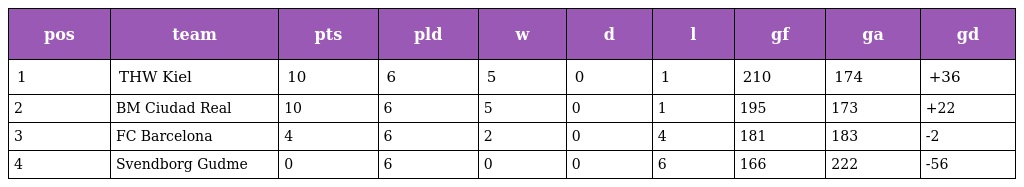
| pos | team | pts | pld | w | d | l | gf | ga | gd |
 | --- | --- | --- | --- | --- | --- | --- | --- | --- | --- |
 | 1 | THW Kiel | 10 | 6 | 5 | 0 | 1 | 210 | 174 | +36 |
 | 2 | BM Ciudad Real | 10 | 6 | 5 | 0 | 1 | 195 | 173 | +22 |
 | 3 | FC Barcelona | 4 | 6 | 2 | 0 | 4 | 181 | 183 | -2 |
 | 4 | Svendborg Gudme | 0 | 6 | 0 | 0 | 6 | 166 | 222 | -56 |